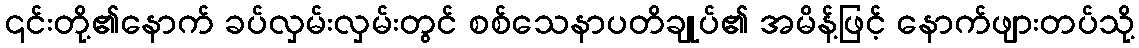
၎င်းတို့၏နောက် ခပ်လှမ်းလှမ်းတွင် စစ်သေနာပတိချုပ်၏ အမိန့်ဖြင့် နောက်ဖျားတပ်သို့